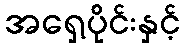
အရှေ့ပိုင်းနှင့်